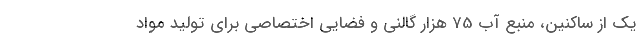
یک از ساکنین، منبع آب 75 هزار گالنی و فضایی اختصاصی برای تولید مواد